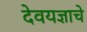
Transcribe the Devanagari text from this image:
देवयज्ञाचे